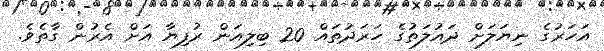
އަހަރުގެ ނިޔަލަށް ދައުލަތުގެ ހަރަދުތައް 20 ބިލިއަން ރުފިޔާ އަށް އެރުން ގާތެވެ.